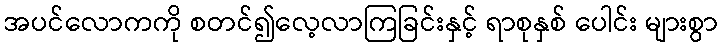
အပင်လောကကို စတင်၍လေ့လာကြခြင်းနှင့် ရာစုနှစ် ပေါင်း များစွာ